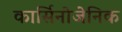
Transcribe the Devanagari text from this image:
कार्सिनोजेनिक